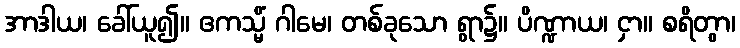
အာဒါယ၊ ခေါ်ယူ၍။ ဧကသ္မိံ ဂါမေ၊ တစ်ခုသော ရွာ၌။ ပိဏ္ဍာယ၊ ငှာ။ စရိတွာ၊